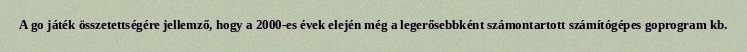
A go játék összetettségére jellemző, hogy a 2000-es évek elején még a legerősebbként számontartott számítógépes goprogram kb.